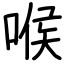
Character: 喉